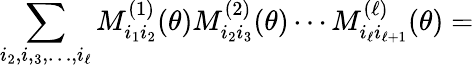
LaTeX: \sum_{i_{2},i,_{3},\ldots,i_{\ell}}M_{i_{1}i_{2}}^{(1)}(\theta)M_{i_{2}i_{3}}^{(2)}(\theta)\cdots M_{i_{\ell}i_{\ell+1}}^{(\ell)}(\theta)=